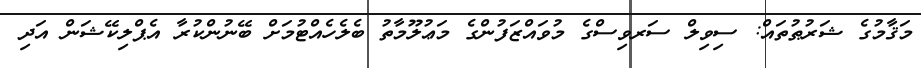
މަޤާމުގެ ޝަރުޠުތައް: ސިވިލް ސަރވިސްގެ މުވައްޒަފުންގެ މަޢުލޫމާތު ބެލެހެއްޓުމަށް ބޭނުންކުރާ އެޕްލިކޭޝަން އަދި